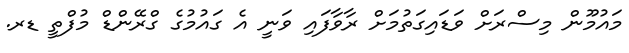
މައުމޫން މިސްރަށް ވަޑައިގަތުމަށް ރާވާފައި ވަނީ އެ ގައުމުގެ ގްރޭންޑް މުފްތީ ޑރ.